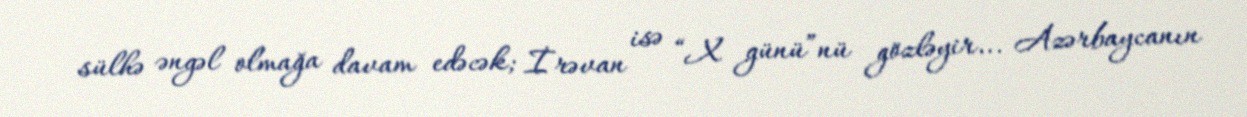
sülhə əngəl olmağa davam edəcək; İrəvan isə “X günü”nü gözləyir... Azərbaycanın